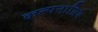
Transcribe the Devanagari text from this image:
कल्पनाप्रिय